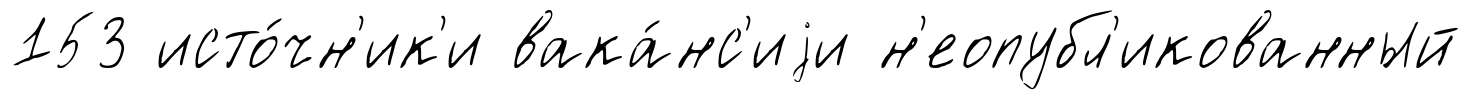
153 исто́чн'ик'и вака́нс'иjи н'еопубл'икованный